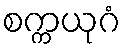
စက္ကယုဂံ